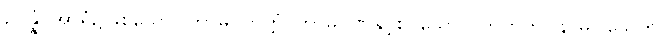
ဥပ္ပန္နံ၊ အာရုံ၌ဖြစ်သော။ ကာမဝိတက္ကံ၊ ကာမဂုဏ်နှင့်စပ်သော ဝိတက်ကို။ နာဓိဝါသေတိ၊